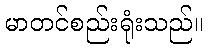
မာတင်စည်းရုံးသည်။